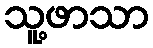
သူ့ဖာသာ